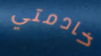
خادمتي